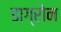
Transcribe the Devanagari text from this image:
डाग्रोन